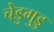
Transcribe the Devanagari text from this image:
चेडुगुडु